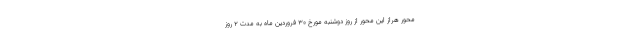
محور هراز این محور از روز دوشنبه مورخ ۳۰ فروردین ماه به مدت ۲ روز